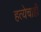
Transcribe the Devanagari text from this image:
हत्येचाही